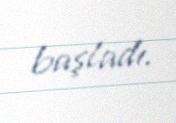
başladı.